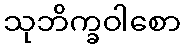
သုဘိက္ခဝါစော